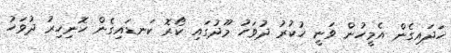
ހަދައިގެން އެމީހުން ވަނީ ހުކުރު ދުވަހު މޫދުގައި ކޯރޮ ކަނޑައިގެން ހޮނިހިރު ދުވަހު